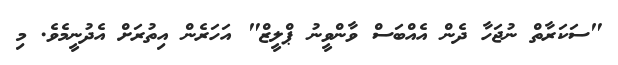
"ސަކަރާތް ނުޖަހާ ދެން އެއްބަސް ވާންވީނު ޕްލީޒް" އަހަރެން އިތުރަށް އެދުނީމެވެ. މި